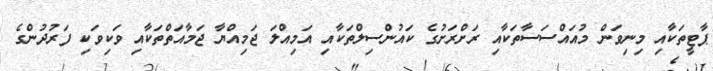
ޕާޓީތަކާއި މިނިވަން މުއައްސަސާތަކާއި ރަށްރަށުގެ ކައުންސިލްތަކާއި އަމިއްލަ ޖަމިއްޔާ ޖަމާއަތްތަކާއި ވަކިވަކި ފަރުދުންގެ